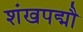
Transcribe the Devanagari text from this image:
शंखपद्मौ